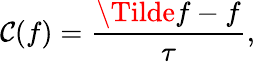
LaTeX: \mathcal{C}(f)=\frac{{\Tilde{f}-f}}{{\tau}},